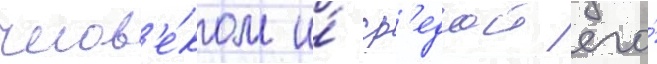
челов'е́ком и́ ср'едои его́